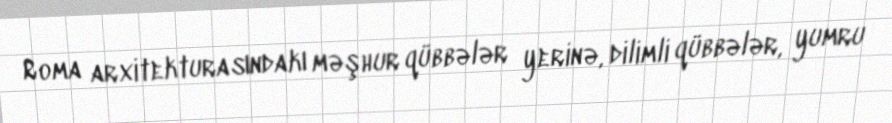
Roma arxitekturasındakı məşhur qübbələr yerinə, dilimli qübbələr, yumru